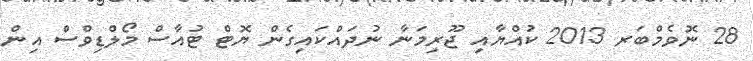
28 ނޮވެމްބަރ 2013 ކުއްޔާއި ޖޫރިމަނާ ނުދައްކައިގެން ޔޮޓް ޓުއާސް މޯލްޑިވްސް އިން